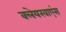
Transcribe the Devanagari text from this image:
क्लेयरवाएंस